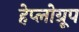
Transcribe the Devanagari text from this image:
हेप्लोग्रूप